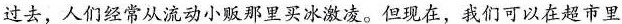
过去,人们经常从流动小贩那里买冰激凌.但现在,我们可以在超市里